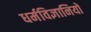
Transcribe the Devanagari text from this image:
धर्मविज्ञानियों